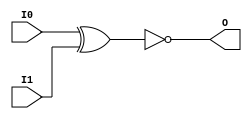
// $Header: /devl/xcs/repo/env/Databases/CAEInterfaces/verunilibs/data/unisims/XNOR2.v,v 1.6 2007/05/23 21:43:44 patrickp Exp $
///////////////////////////////////////////////////////////////////////////////
// Copyright (c) 1995/2004 Xilinx, Inc.
// All Right Reserved.
///////////////////////////////////////////////////////////////////////////////
//   ____  ____
//  /   /\/   /
// /___/  \  /    Vendor : Xilinx
// \   \   \/     Version : 10.1
//  \   \         Description : Xilinx Functional Simulation Library Component
//  /   /                  2-input XNOR Gate
// /___/   /\     Filename : XNOR2.v
// \   \  /  \    Timestamp : Thu Mar 25 16:43:41 PST 2004
//  \___\/\___\
//
// Revision:
//    03/23/04 - Initial version.
//    05/23/07 - Changed timescale to 1 ps / 1 ps.

`timescale  1 ps / 1 ps


module XNOR2 (O, I0, I1);

    output O;

    input  I0, I1;

	xnor X1 (O, I0, I1);


endmodule